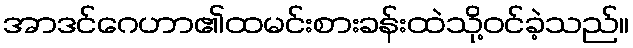
အာဒင်ဂေဟာ၏ထမင်းစားခန်းထဲသို့ဝင်ခဲ့သည်။